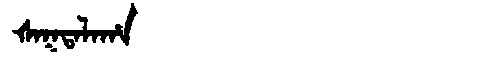
Manchu: ᡧᠠᡴᡨᠠᠯᠠᡥᠠ
Romanization: ŠAKTALAHA